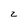
Character: 2